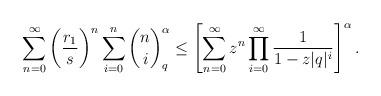
LaTeX: \begin{align*} \sum_{n=0}^\infty \bigg(\frac{r_1}s\bigg)^n \sum_{i=0}^n {n\choose i}_q ^\alpha\le \left[\sum_{n=0}^\infty z^n\prod_{i=0}^\infty\frac1{1-z|q|^i}\right]^\alpha.\end{align*}